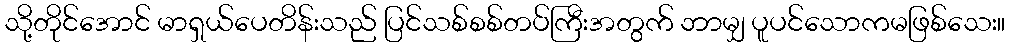
သို့တိုင်အောင် မာရှယ်ပေတိန်းသည် ပြင်သစ်စစ်တပ်ကြီးအတွက် ဘာမျှ ပူပင်သောကမဖြစ်သေး။